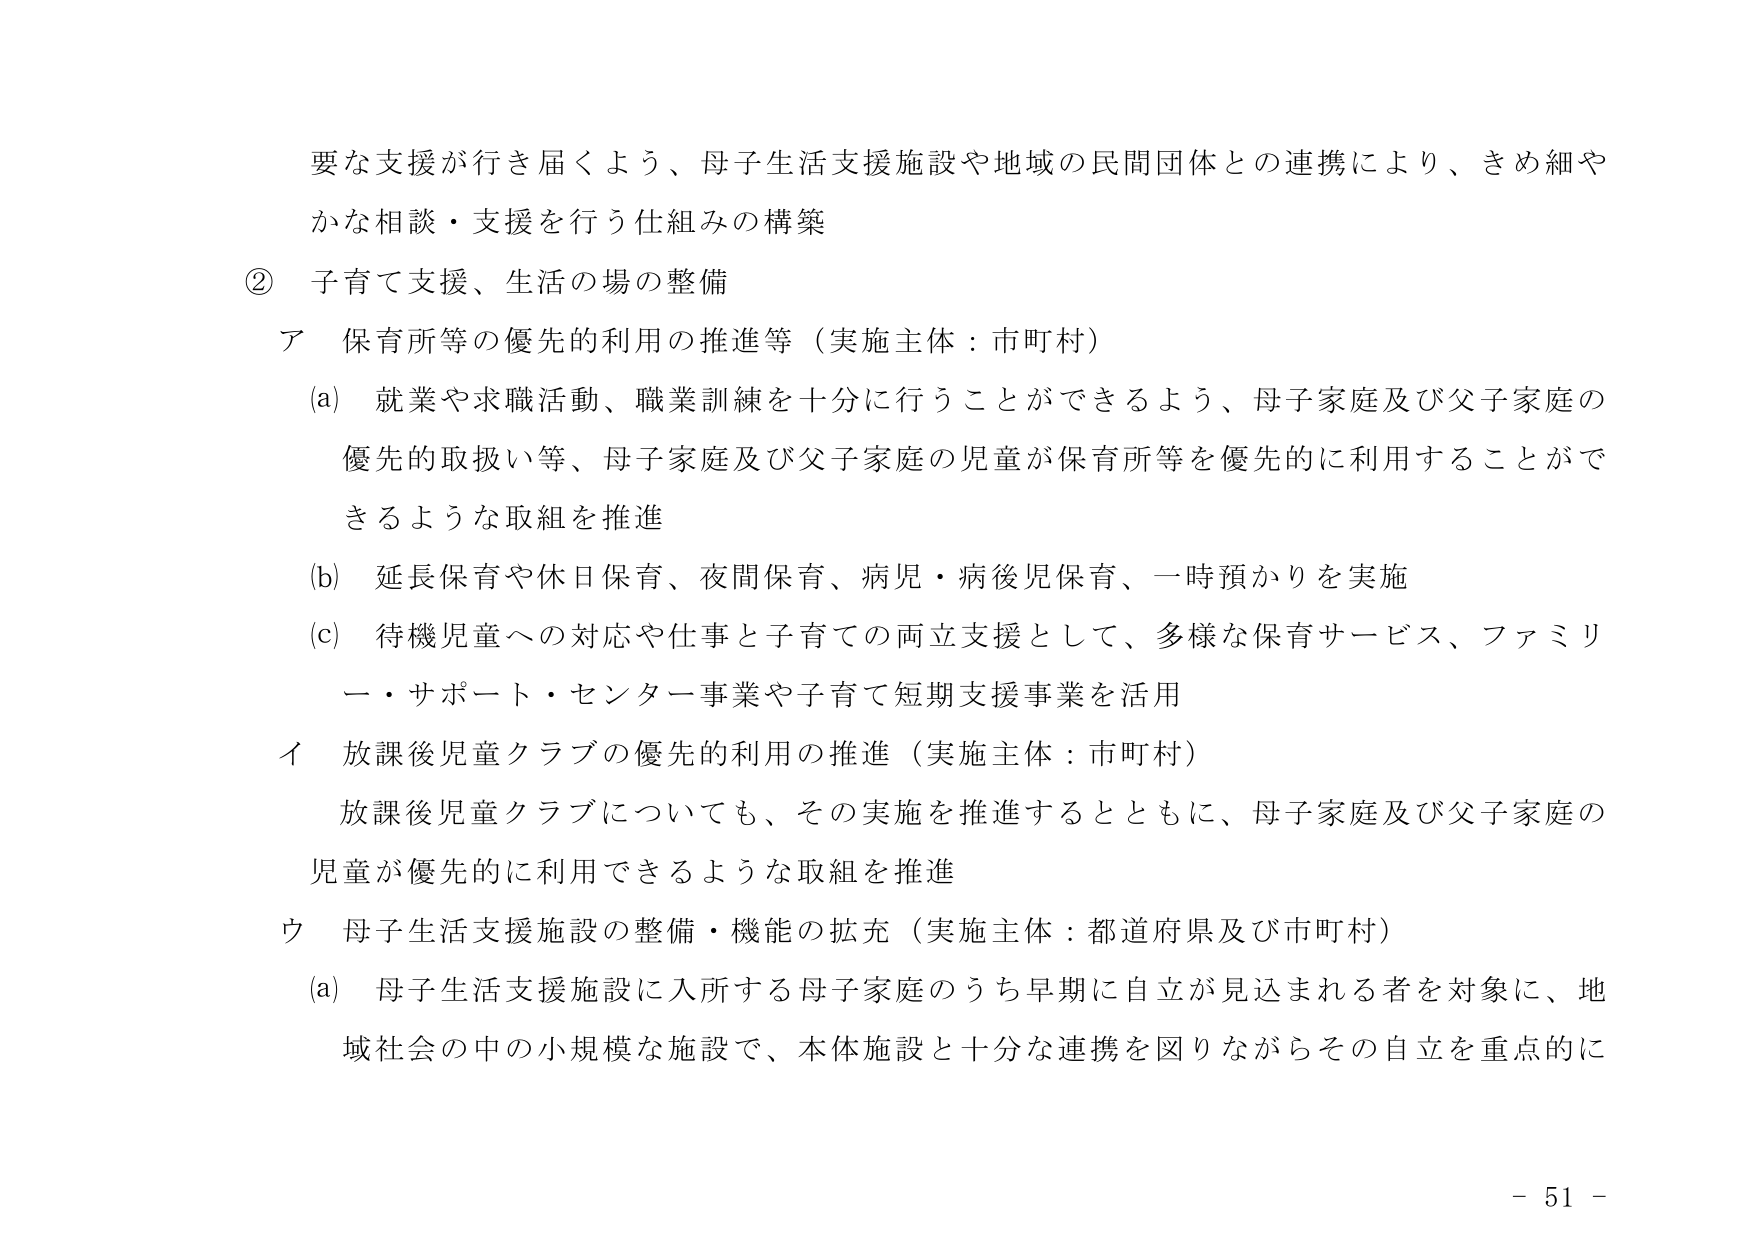
要な支援が行き届くよう、母子生活支援施設や地域の民間団体との連携により、きめ細やかな相談・支援を行う仕組みの構築

② 子育て支援、生活の場の整備

ア 保育所等の優先的利用の推進等（実施主体：市町村）

(a) 就業や求職活動、職業訓練を十分に行うことができるよう、母子家庭及び父子家庭の優先的取扱い等、母子家庭及び父子家庭の児童が保育所等を優先的に利用することができるような取組を推進

(b) 延長保育や休日保育、夜間保育、病児・病後児保育、一時預かりを実施

(c) 待機児童への対応や仕事と子育ての両立支援として、多様な保育サービス、ファミリー・サポート・センター事業や子育て短期支援事業を活用

イ 放課後児童クラブの優先的利用の推進（実施主体：市町村）

放課後児童クラブについても、その実施を推進するとともに、母子家庭及び父子家庭の児童が優先的に利用できるような取組を推進

ウ 母子生活支援施設の整備・機能の拡充（実施主体：都道府県及び市町村）

(a) 母子生活支援施設に入所する母子家庭のうち早期に自立が見込まれる者を対象に、地域社会の中の小規模な施設で、本体施設と十分な連携を図りながらその自立を重点的に

- 51 -